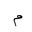
Letter: _mim